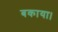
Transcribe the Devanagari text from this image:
बकाया।